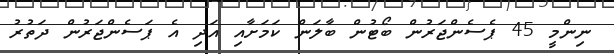
ނިންމީ 45 ޕެސެންޖަރުން ބޯޓުން ބާލަން ކަމަށާއި އަދި އެ ޕަސެންޖަރުން ދަތުރު